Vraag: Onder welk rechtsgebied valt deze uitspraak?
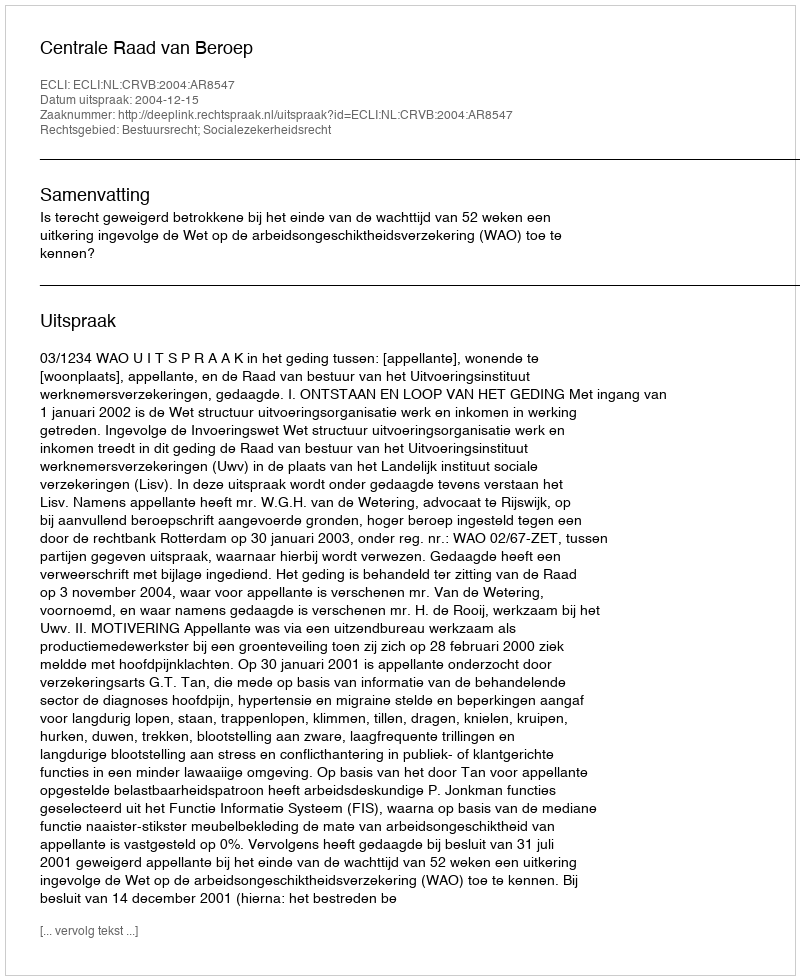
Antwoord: Bestuursrecht; Socialezekerheidsrecht